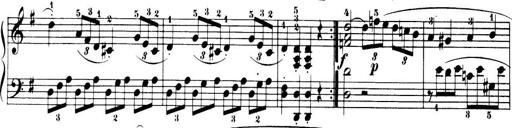
Title: 32 Sonatinas and Rondos for the Piano
Composer: Richard Kleinmichel